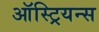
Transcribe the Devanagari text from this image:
ऑस्ट्रियन्स